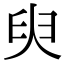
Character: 臾